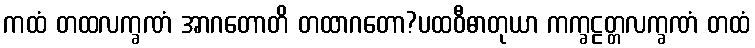
ကထံ တထလက္ခဏံ အာဂတောတိ တထာဂတော?ပထဝီဓာတုယာ ကက္ခဠတ္တလက္ခဏံ တထံ